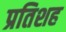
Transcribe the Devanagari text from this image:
प्रतिशह